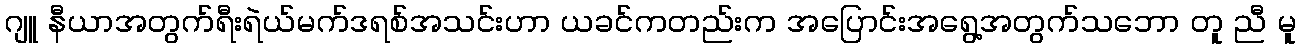
ဂျူ နီယာအတွက်ရီးရဲယ်မက်ဒရစ်အသင်းဟာ ယခင်ကတည်းက အပြောင်းအရွေ့အတွက်သဘော တူ ညီ မူ